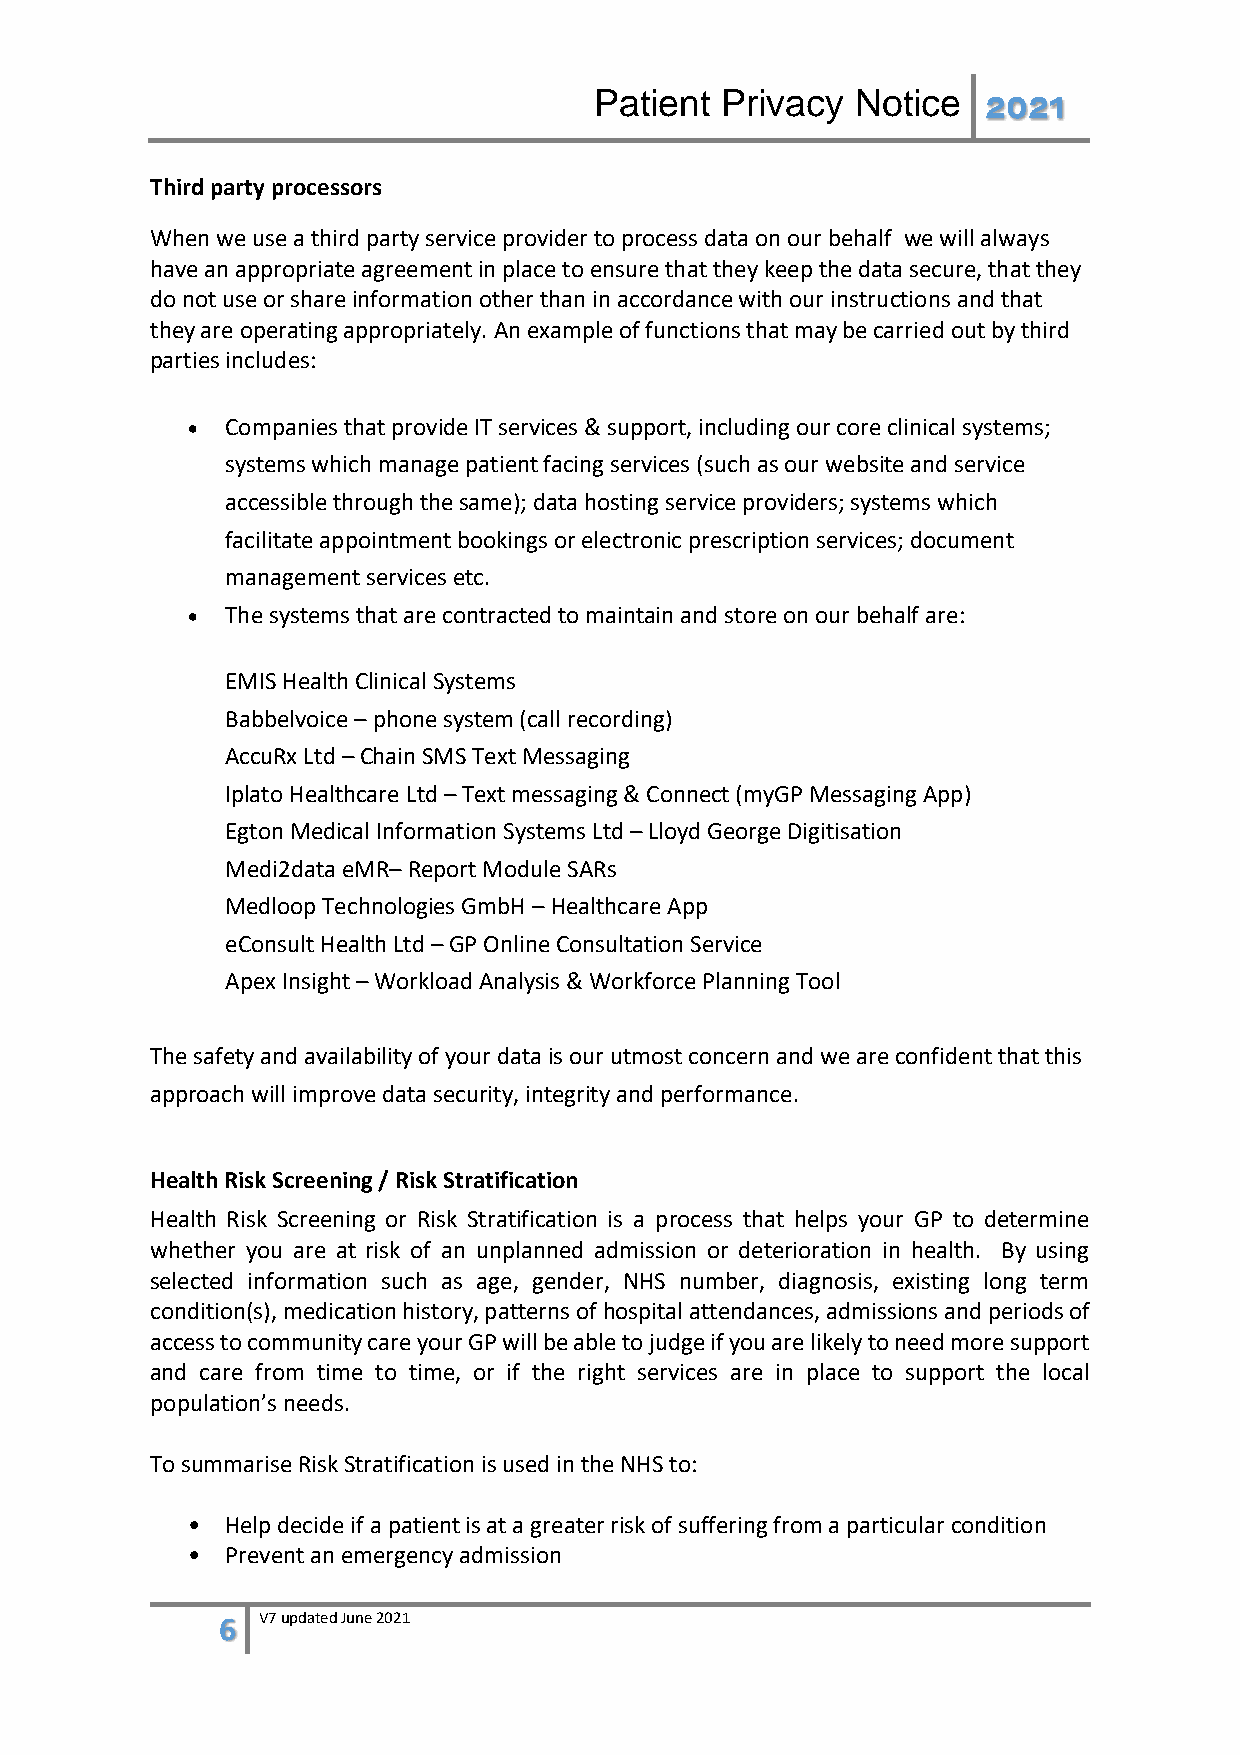
Patient  Privacy  Notice  2021
 Third party processors
 When we use a third party service provider to process data on our behalf we will always
 have an appropriate agreement in place to ensure that they keep the data secure, that they
 do not use or share information other than in accordance with our instructions and that
 they are operating appropriately. An example of functions that may be carried out by third
 parties includes:
 •  Companies that provide IT services & support, including our core clinical systems;
 systems which manage patient facing services (such as our website and service
 accessible through the same); data hosting service providers; systems which
 facilitate appointment bookings or electronic prescription services; document
 management services etc.
 •  The systems that are contracted to maintain and store on our behalf are:
 EMIS Health Clinical Systems
 Babbelvoice – phone system (call recording)
 AccuRx Ltd – Chain SMS Text Messaging
 Iplato Healthcare Ltd – Text messaging & Connect (myGP Messaging App)
 Egton Medical Information Systems Ltd – Lloyd George Digitisation
 Medi2data eMR– Report Module SARs
 Medloop Technologies GmbH – Healthcare App
 eConsult Health Ltd – GP Online Consultation Service
 Apex Insight – Workload Analysis & Workforce Planning Tool
 The safety and availability of your data is our utmost concern and we are confident that this
 approach will improve data security, integrity and performance.
 Health Risk Screening / Risk Stratification
 Health Risk Screening or Risk Stratification is a process that helps your GP to determine
 whether you are at risk of an unplanned admission or deterioration in health. By using
 selected information such as age, gender, NHS number, diagnosis, existing long term
 condition(s), medication history, patterns of hospital attendances, admissions and periods of
 access to community care your GP will be able to judge if you are likely to need more support
 and care from time to time, or if the right services are in place to support the local
 population’s needs.
 To summarise Risk Stratification is used in the NHS to:
 •  Help decide if a patient is at a greater risk of suffering from a particular condition
 •  Prevent an emergency admission
 6 V7 updated June 2021